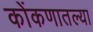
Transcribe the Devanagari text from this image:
कोंकणातल्या